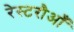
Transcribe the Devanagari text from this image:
रेस्टरौआँ